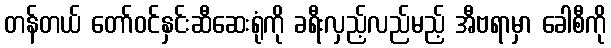
တန်တယ် တော်ဝင်နှင်းဆီဆေးရုံကို ခရီးလှည့်လည်မည့် အီဗရာမှာ ခေါစီကို